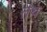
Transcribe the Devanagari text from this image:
तंथ